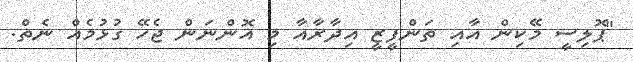
"ޕޮލިސީ މޭކިން އާއި ތަންފީޒީ އިދާރާއާ މި އޮންނަން ޖެހޭ ގުޅުމެއް ނެތް.